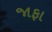
જાફા